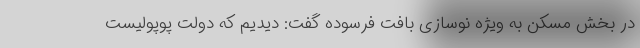
در بخش مسکن به ویژه نوسازی بافت فرسوده گفت: دیدیم که دولت پوپولیست